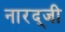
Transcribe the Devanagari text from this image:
नारद्जी